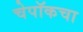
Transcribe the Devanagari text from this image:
चेपॉकचा